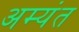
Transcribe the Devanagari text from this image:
अम्यंत